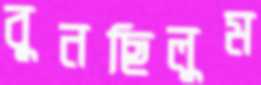
বুনছিলুম